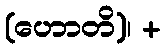
(ဟောတိ)၊ +